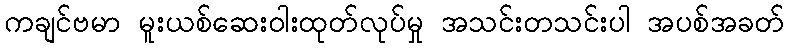
ကချင်ဗမာ မူးယစ်ဆေးဝါးထုတ်လုပ်မှု အသင်းတသင်းပါ အပစ်အခတ်